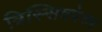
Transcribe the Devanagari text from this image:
त्रिस्सिवपेरुर